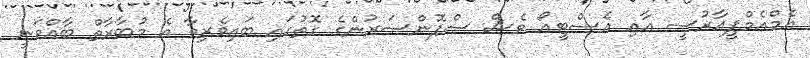
އެމްއެމްޕީއާރުސީ އާއި އެސްޓީއޯ ވެސް ސްޕޮންސަރުންގެ ގޮތުގައި ބައިވެރިވާ އެ މުބާރާތް ބާއްވަނީ